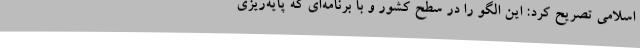
اسلامی تصریح کرد: این الگو را در سطح کشور و با برنامه‌ای که پایه‌ریزی